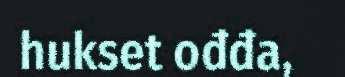
hukset ođđa,